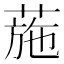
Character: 葹